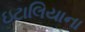
ઇટાલિયાના